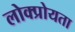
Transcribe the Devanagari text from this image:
लोक्प्रोयता